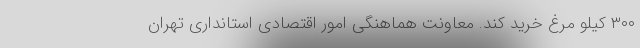
۳۰۰ کیلو مرغ خرید کند. معاونت هماهنگی امور اقتصادی استانداری تهران